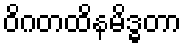
ဝိဂတထိနမိဒ္ဓတာ